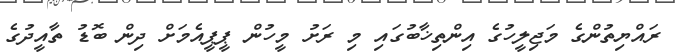
ރައްޔިތުންގެ މަޖިލީހުގެ އިންތިޚާބުގައި މި ރަށު މީހުން ޕީޕީއެމަށް ދިން ބޮޑު ތާއީދުގެ